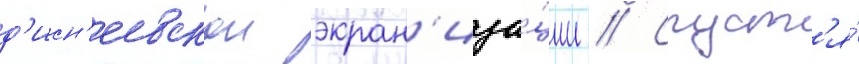
д'исн'еевскои экран'иза́ции // Спуст'я́